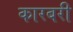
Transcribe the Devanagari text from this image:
कारबरी